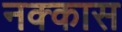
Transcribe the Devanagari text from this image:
नक्कास